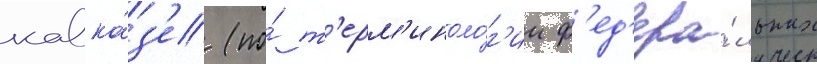
кавка́з'е (по́ т'ерм'иноло́г'ии ф'ед'ера́льных